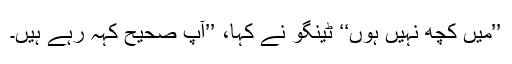
’’میں کچھ نہیں ہوں‘‘ ٹینگو نے کہا، ’’آپ صحیح کہہ رہے ہیں۔